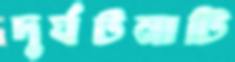
দুর্ঘটনাটি